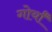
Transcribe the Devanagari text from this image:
गोर्यां